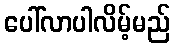
ပေါ်လာပါလိမ့်မည်